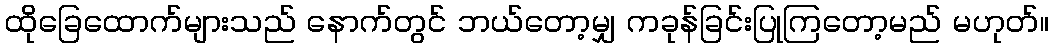
ထိုခြေထောက်များသည် နောက်တွင် ဘယ်တော့မျှ ကခုန်ခြင်းပြုကြတော့မည် မဟုတ်။